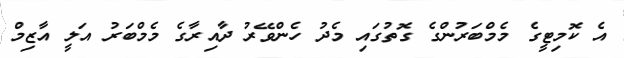
އެ ކޮމިޓީގެ މެމްބަރުންގެ ގޮތުގައި މެދު ހެންވޭރު ދާއިރާގެ މެމްބަރު އަލީ އާޒިމް